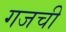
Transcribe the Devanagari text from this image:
गजची